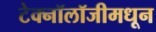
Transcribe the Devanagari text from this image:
टेक्‍नॉलॉजीमधून